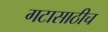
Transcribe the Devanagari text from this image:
गटासाठीच